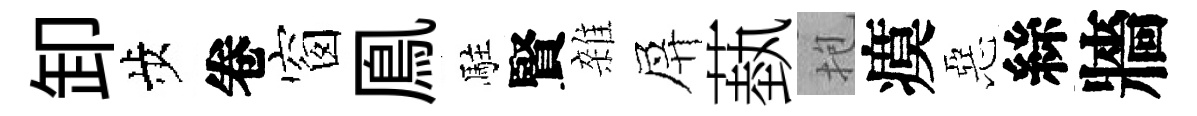
卸歩卷窗鳯駐賢雜屏蓺抱瘼惡絲牆